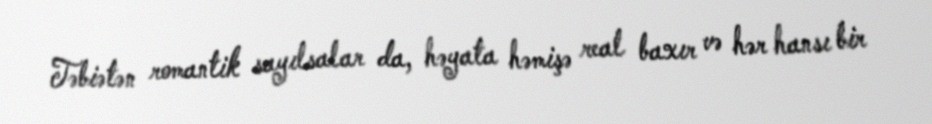
Təbiətən romantik sayılsalar da, həyata həmişə real baxır və hər hansı bir